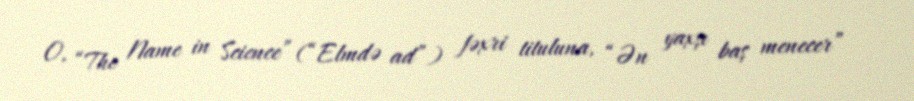
O, “The Name in Science” (“Elmdə ad”) fəxri tituluna, “Ən yaxşı baş menecer”